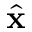
\hat { \bf x }